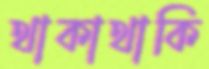
থাকাথাকি